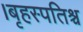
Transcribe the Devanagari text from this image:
।बृहस्पतिश्च